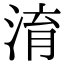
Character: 淯